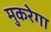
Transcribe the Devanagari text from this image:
मुकरेगा